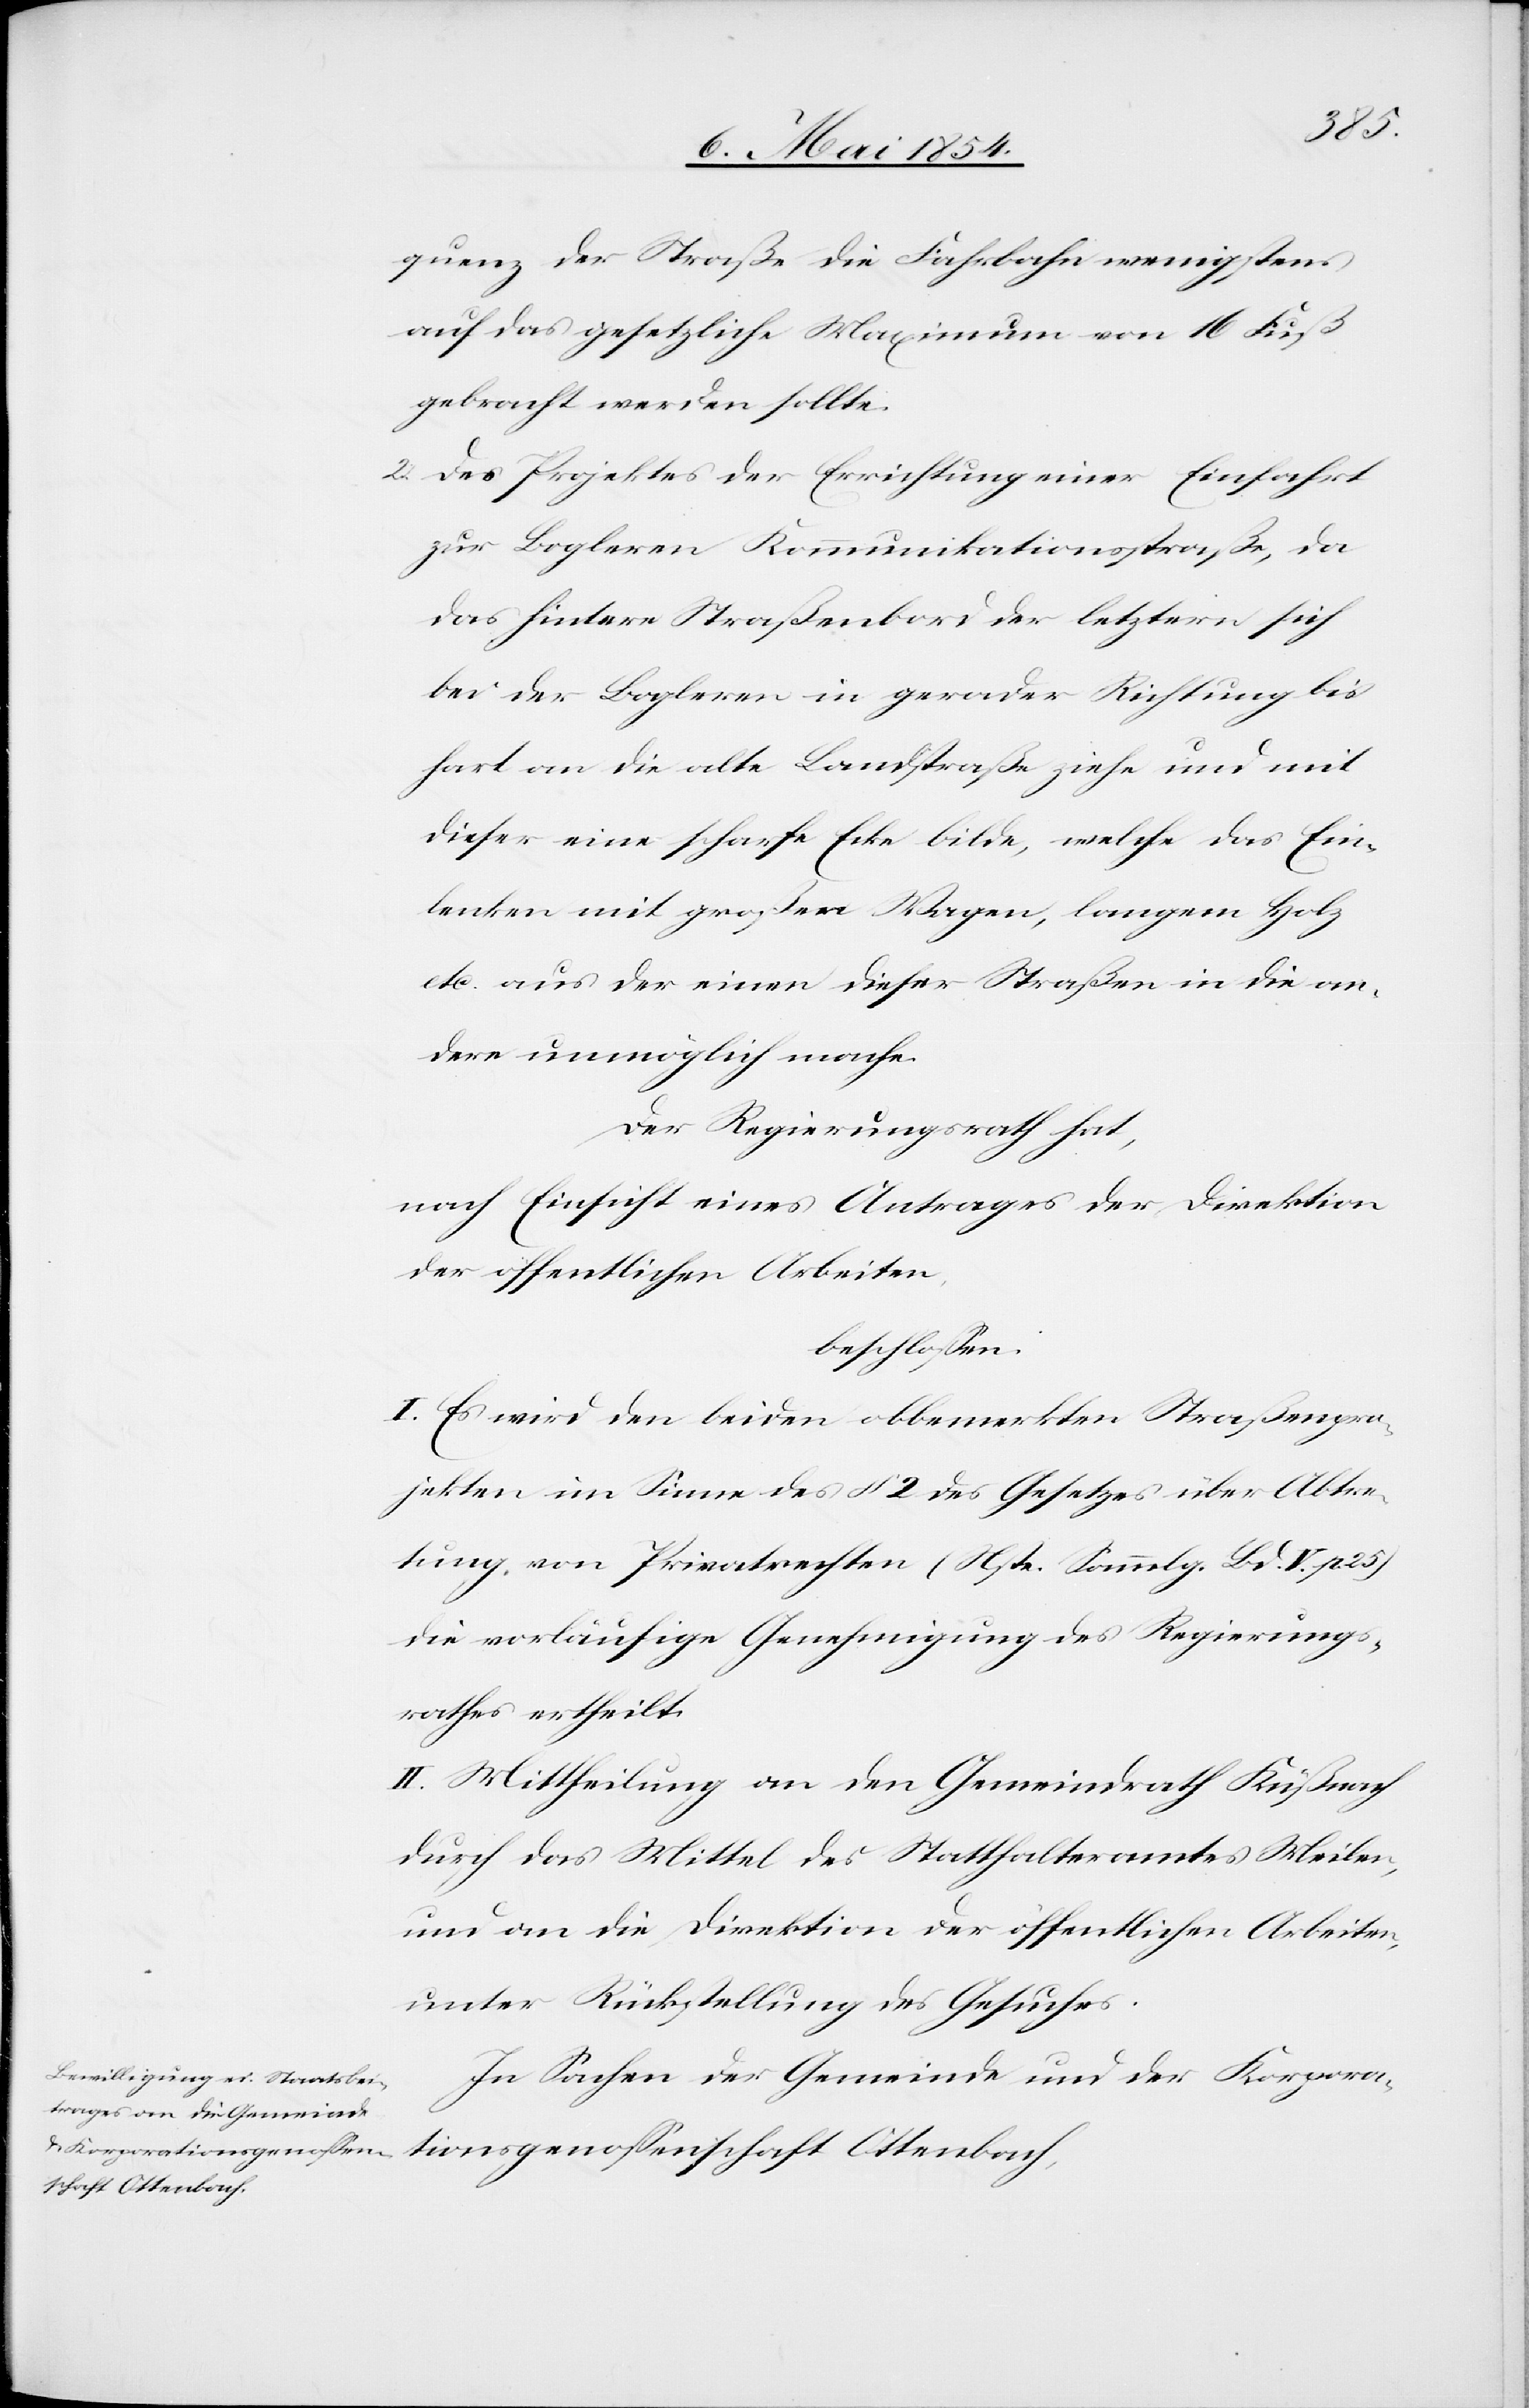
quenz der Straße die Fahrbahn wenigstens
auf das gesetzliche Maximum von 16 Fuß
gebracht werden sollte.
2. des Projektes der Errichtung einer Einfahrt
zur Bogleren Kommunikationsstraße, da
das hintere Straßenbord der letztern sich
bei der Bogleren in gerader Richtung bis
hart an die alte Landstraße ziehe und mit
dieser eine scharfe Ecke bilde, welche das Ein¬
lenken mit großen Wagen, langem Holz
etc. aus der einen dieser Straßen in die an¬
dere unmöglich mache.
Der Regierungsrath hat,
nach Einsicht eines Antrages der Direktion
der öffentlichen Arbeiten,
beschloßen:
I. Es wird den beiden obbemerkten Straßenpro¬
jekten im Sinne des § 2 des Gesetzes über Abtre¬
tung von Privatrechten (Nste. Sammlg. Bd. V. p. 25)
die vorläufige Genehmigung des Regierungs¬
rathes ertheilt.
II. Mittheilung an den Gemeindrath Küßnach
durch das Mittel des Statthalteramtes Meilen,
und an die Direktion der öffentlichen Arbeiten,
unter Rückstellung des Gesuches.
In Sachen der Gemeinde und der Korpora¬
tionsgenoßenschaft Ottenbach,